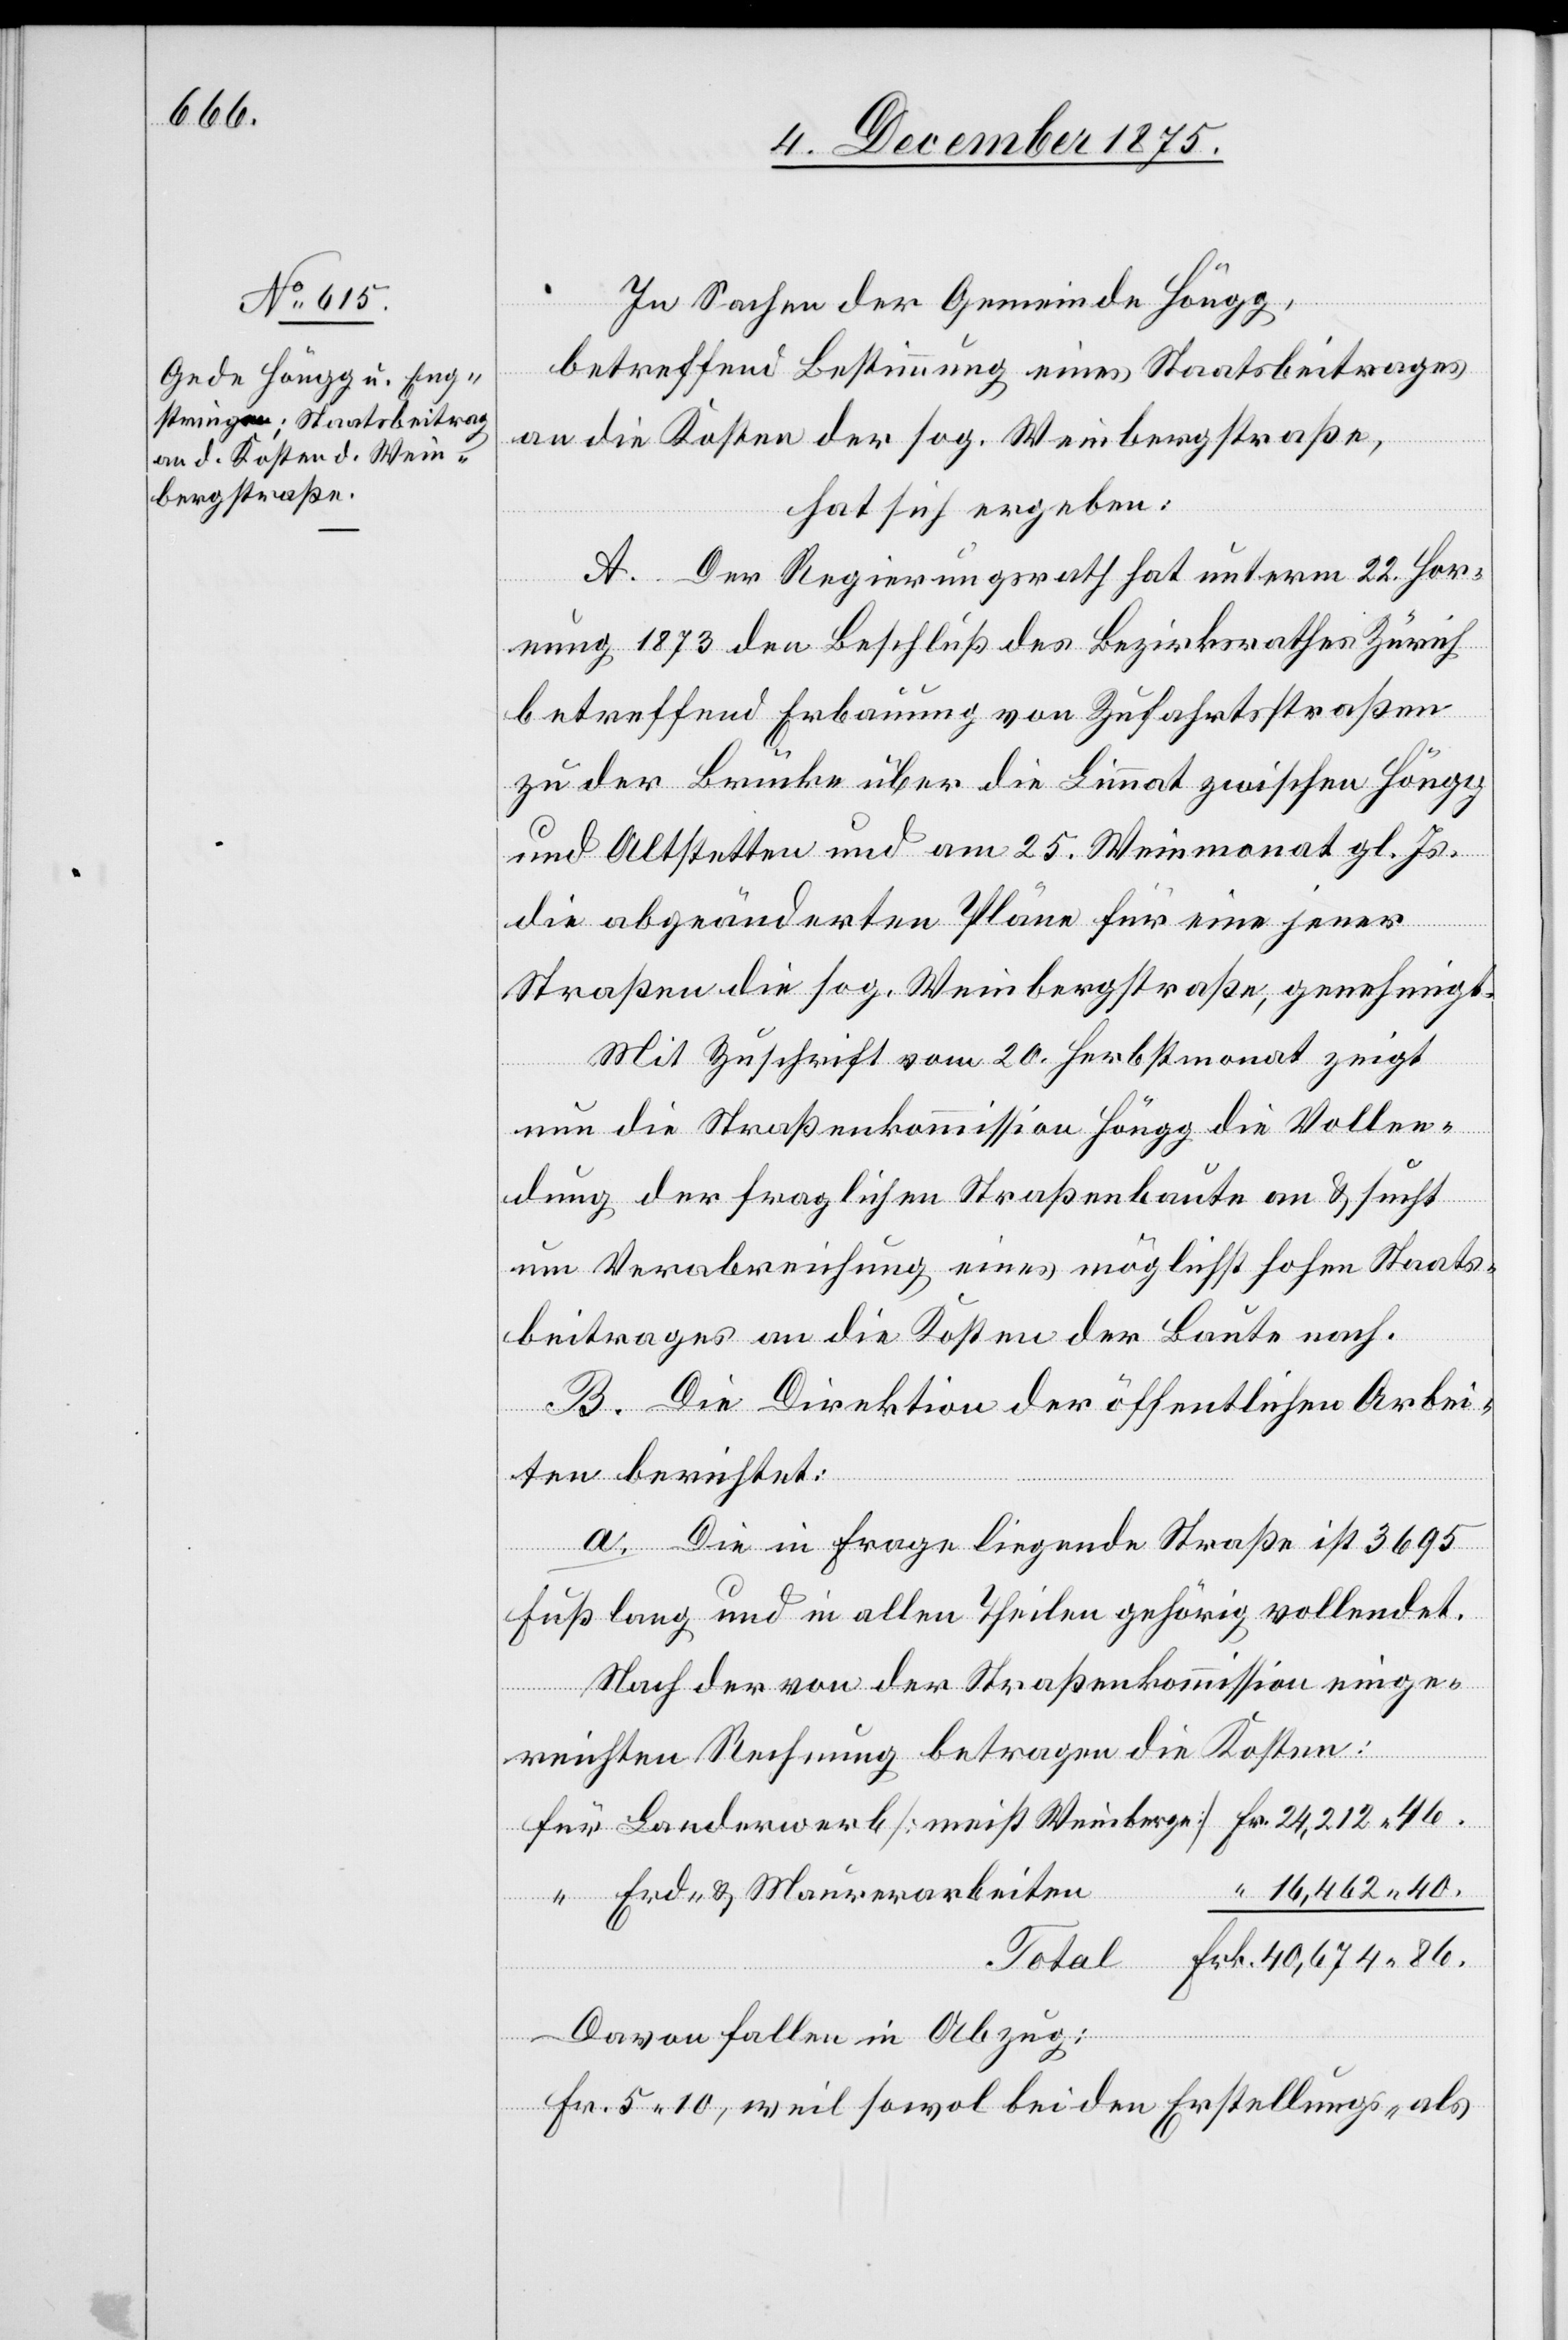
86.

In Sachen der Gemeinde Höngg,
betreffend Bestimmung eines Staatsbeitrages
an die Kosten der sog. Weinbergstraße,
hat sich ergeben:
A. Der Regierungsrath hat unterm 22. Hor¬
Weinberge]
nung 1873 den Beschluß des Bezirksrathes Zürich
betreffend Erbauung von Zufahrtsstraßen
zu der Brücke über die Limmat zwischen Höngg
und Altstetten und am 25. Weinmonat gl. Js.
die abgeänderten Pläne für eine jener
Straßen die sog. Weinbergstraße, genehmigt.
Mit Zuschrift vom 20. Herbstmonat zeigt
nun die Straßenkommission Höngg die Vollen¬
dung der fraglichen Straßenbaute an & sucht
um Verabreichung eines möglichst hohen Staats¬
beitrages an die Kosten der Baute nach.
B. Die Direktion der öffentlichen Arbei¬
ten berichtet:
a. Die in Frage liegende Straße ist 3695
Fuß lang und in allen Theilen gehörig vollendet.
Nach der von der Straßenkommission einge¬
reichten Rechnung betragen die Kosten:
16,462 40.
Erd- & Maurerarbeiten
Total
Davon fallen in Abzug:
Fr. 5 10, weil sowol bei den Erstellungs- als